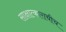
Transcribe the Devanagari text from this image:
साक्षात्काराचीच